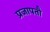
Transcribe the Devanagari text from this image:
प्रजापतौ